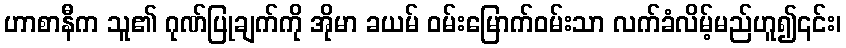
ဟာစာနီက သူ၏ ဂုဏ်ပြုချက်ကို အိုမာ ခယမ် ဝမ်းမြောက်ဝမ်းသာ လက်ခံလိမ့်မည်ဟူ၍၎င်း၊